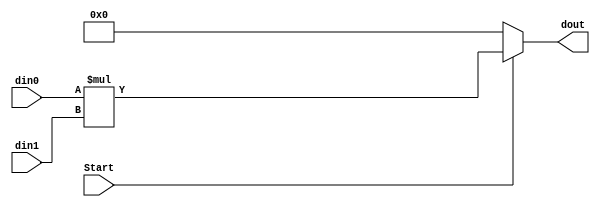
`timescale 1ns / 1ps
//////////////////////////////////////////////////////////////////////////////////
// Company: 
// Engineer: 
// 
// Design Name: 
// Module Name: Multiplicator
// Project Name: 
// Target Devices: 
// Tool Versions: 
// Description: 
// 
// Dependencies: 
// 
// Revision:
// Revision 0.01 - File Created
// Additional Comments:
// 
//////////////////////////////////////////////////////////////////////////////////

module Multiplicator( //   
    Start, din0, din1, dout
);

input Start; //1bit input
input [3:0] din0; //4bit input
input [3:0] din1; //4bit input
output reg [7:0] dout; //8bit output

always @(*) begin //       
    //Start 1, Image Filter   
    if(Start) dout = din0 * din1;
    else dout = 8'b0; //Start 0 
end

endmodule